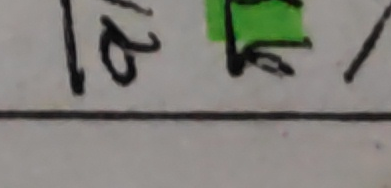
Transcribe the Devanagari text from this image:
१०